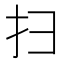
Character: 扫